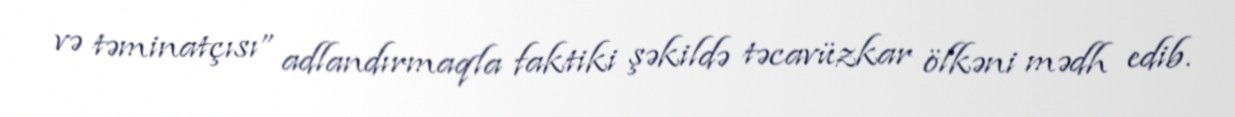
və təminatçısı” adlandırmaqla faktiki şəkildə təcavüzkar ölkəni mədh edib.